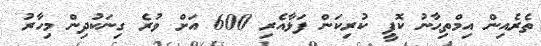
ތެރެއިން އިމްތިޙާނު ކޮޕީ ކުރިކަން ފަޅާއެރި 600 އަށް ވުރެ ގިނަކުދިން މިހާރު